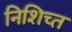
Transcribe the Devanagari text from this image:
निशिच्त